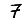
Digit: 7